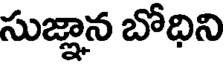
సుజ్ఞాన బోధిని